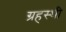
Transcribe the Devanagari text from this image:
ग्रहस्थी